Indian journal of veterinary science and animal husbandry - Volumes 22-23, 1952-1953
Year: 1952
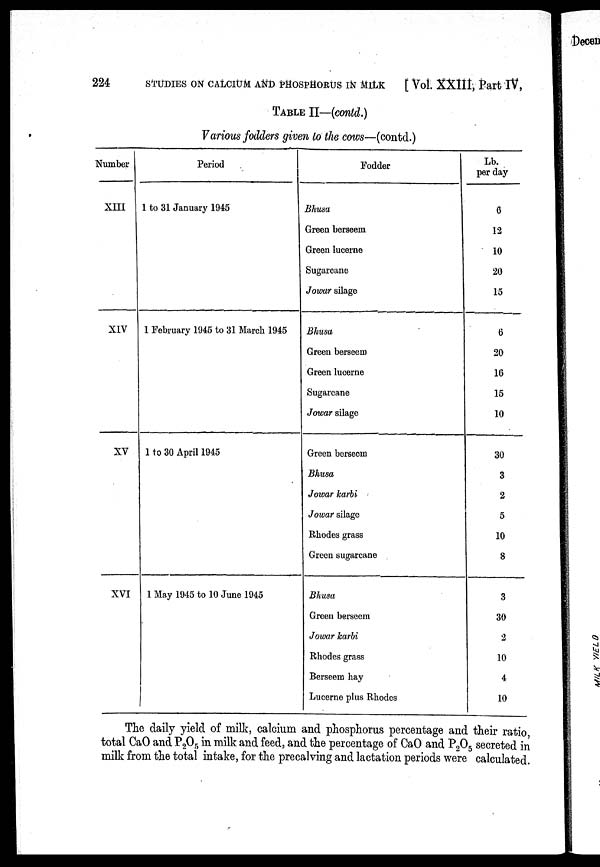
224 STUDIES ON CALCIUM AND PHOSPHORUS IN MILK [ Vol. XXIII, Part IV,
TABLE II—(contd.)
Various fodders given to the cows—(contd.)
Number
XIII
XIV
XV
XVI
Period
1 to 31 January 1945
1 February 1945 to 31 March 1945
1 to 30 April 1945
1 May 1945 to 10 June 1945
Fodder
Bhusa
Green berseem
Green lucerne
Sugarcane
Jowar silage
Bhusa
Green berseem
Green lucerne
Sugarcane
Jowar silage
Green berseem
Bhusa
Jowar karbi
Jowar silage
Rhodes grass
Green sugarcane
Bhusa
Green berseem
Jowar karbi
Rhodes grass
Berseem hay
Lucerne plus Rhodes
Lb.
per day
6
12
10
20
15
6
20
16
15
10
30
3
2
5
10
8
3
30
2
10
4
10
The daily yield of milk, calcium and phosphorus percentage and their ratio,
total CaO and P 2 O 5 in milk and feed, and the percentage of CaO and P 2 O 5 secreted in
milk from the total intake, for the precalving and lactation periods were calculated.